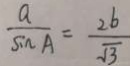
\frac { a } { \sin A } = \frac { 2 b } { \sqrt { 3 } }